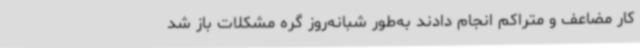
کار مضاعف و متراکم انجام دادند به‌طور شبانه‌روز گره مشکلات باز شد